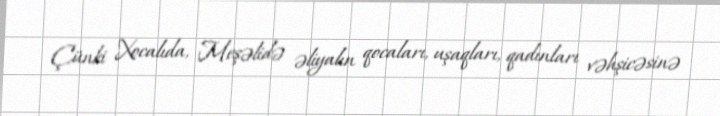
Çünki Xocalıda, Meşəlidə əliyalın qocaları, uşaqları, qadınları vəhşicəsinə